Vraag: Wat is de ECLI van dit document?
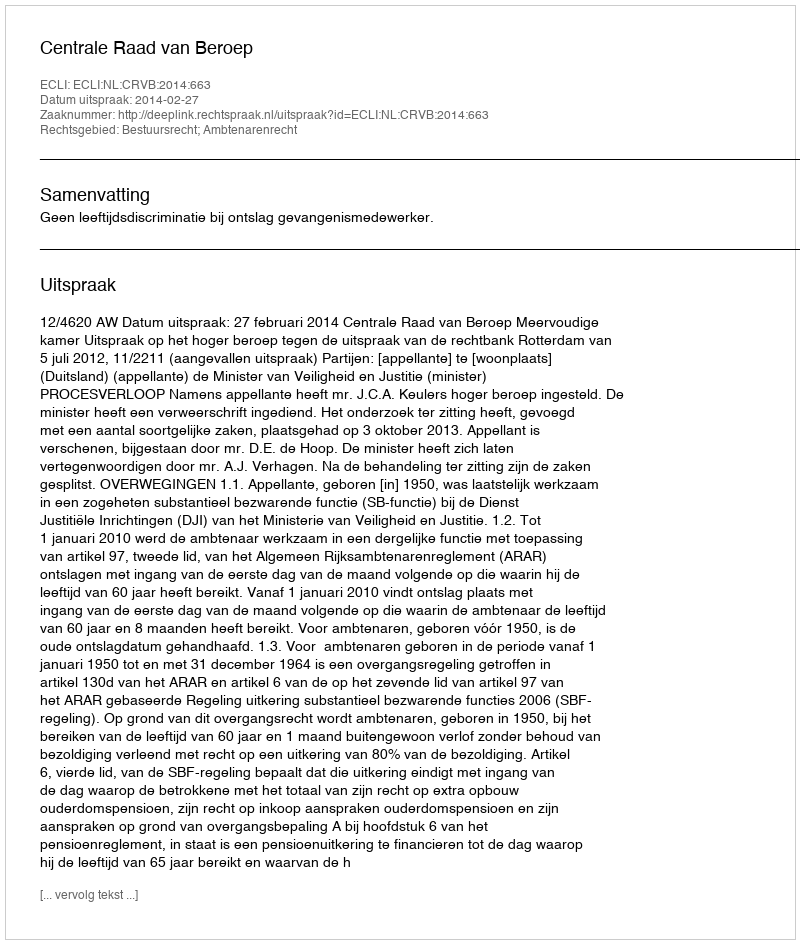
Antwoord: ECLI:NL:CRVB:2014:663